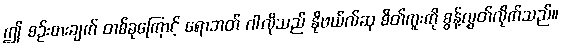
ဤ စဉ်းစားချက် တစ်ခုကြောင့် ရောဘတ် ဂါလိုသည် နိုဗယ်လ်ဆု စိတ်ကူးကို စွန့်လွှတ်လိုက်သည်။